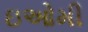
ઇઓમી